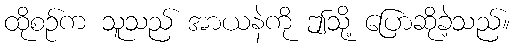
ထိုစဉ်က သူသည် အာယနဲကို ဤသို့ ပြောဆိုခဲ့သည်။